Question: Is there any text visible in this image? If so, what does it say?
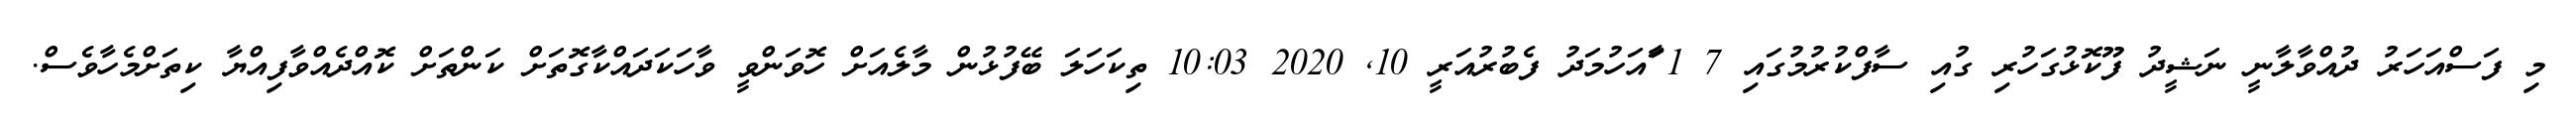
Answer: މި ފަސްއަހަރު ދުއްވާލާނީ ނަޝީދު ފޫކޮޅުގަހުރި ގުއި ސާފްކުރުމުގައި 7 1 ާައަހުމަދު ފެބުރުއަރީ 10, 2020 10:03 ތިކަހަލަ ބޭފުޅުން މާލެއަށް ހޮވަންވީ ވާހަކަދައްކާގޮތަށް ކަންތަށް ކޮއްދެއްވާފިއްޔާ ކިތަށްމެހާވެސް.